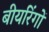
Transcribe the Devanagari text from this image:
बीयरिंगों